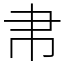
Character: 帇